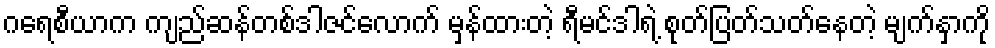
ဂရေစီယာက ကျည်ဆန်တစ်ဒါဇင်လောက် မှန်ထားတဲ့ ရီမင်ဒါရဲ့ စုတ်ပြတ်သတ်နေတဲ့ မျက်နှာကို